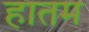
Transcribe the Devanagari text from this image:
हातम